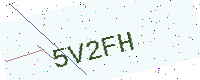
Text: 5V2FH